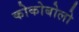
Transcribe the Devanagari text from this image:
कोकोबोलो